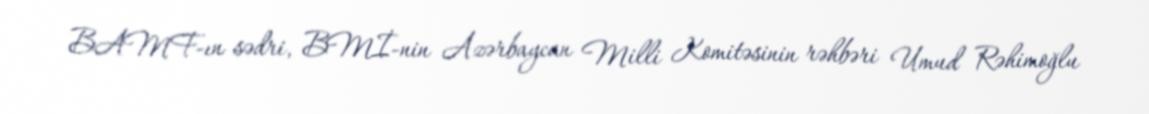
BAMF-ın sədri, BMİ-nin Azərbaycan Milli Komitəsinin rəhbəri Umud Rəhimoğlu